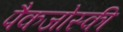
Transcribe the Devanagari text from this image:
पैकजोस्की